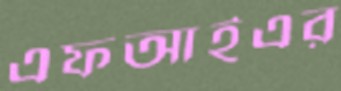
এফআইএর